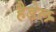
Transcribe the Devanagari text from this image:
हैडेल